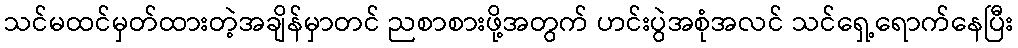
သင်မထင်မှတ်ထားတဲ့အချိန်မှာတင် ညစာစားဖို့အတွက် ဟင်းပွဲအစုံအလင် သင်ရှေ့ရောက်နေပြီး